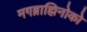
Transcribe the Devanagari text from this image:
मगब्राह्मिनोको